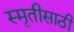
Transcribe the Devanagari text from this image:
स्मृतीसाठी